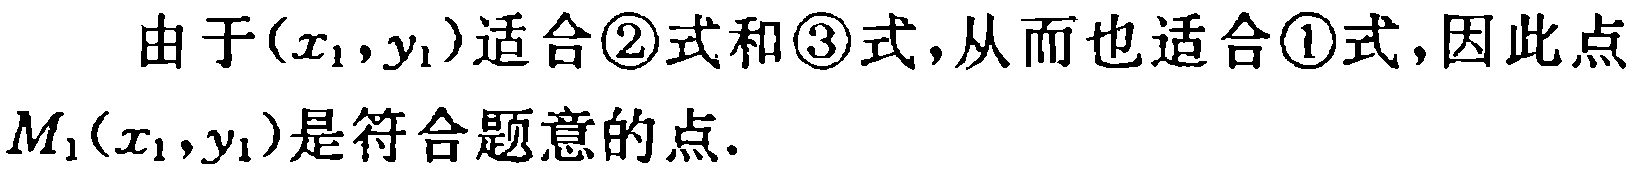
由于\((x_1,y_1)\)适合\textcircled{2}式和\textcircled{3}式,从而也适合\textcircled{1}式,因此点\(M_1(x_1,y_1)\)是符合题意的点.